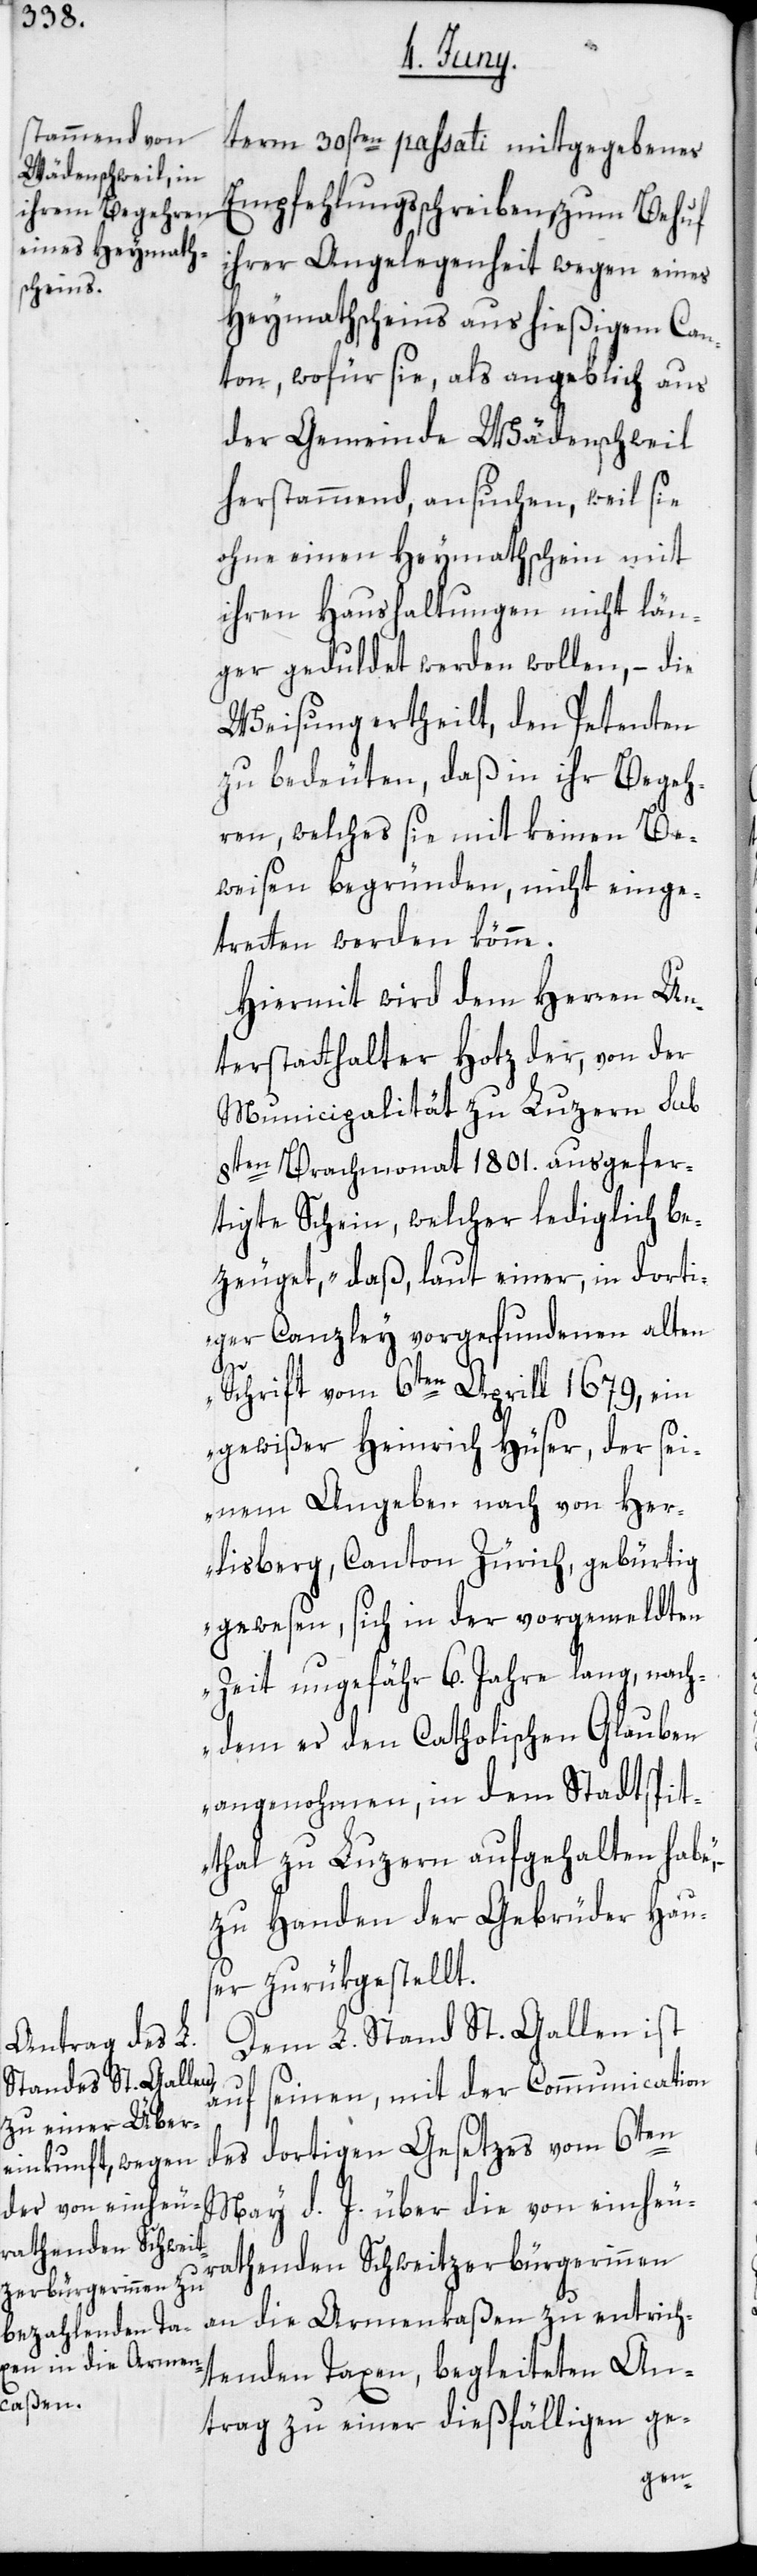
term 30sten passati mitgegebenes
Empfehlungsschreiben, zum Behuf
ihrer Angelegenheit wegen eines
Heymathscheins aus hießigem Can¬
ton, wofür sie, als angeblich aus
der Gemeinde Wädenschweil
herstammend, ansuchen, weil sie
ohne einen Heymathschein mit
ihren Haushaltungen nicht län¬
ger geduldet werden wollen, – die
Weisung ertheilt, den Petenten
zu bedeuten, daß in ihr Begeh¬
ren, welches sie mit keinen Be¬
weisen begründen, nicht einge¬
tretten werden könne.
Hiermit wird dem Herren Un¬
terstatthalter Hotz der, von der
Municipalität zu Luzern sub
8ten Brachmonat 1801. ausgefer¬
tigte Schein, welcher lediglich be¬
zeuget, „daß, laut einer, in dorti¬
ger Canzley vorgefundenen alten
Schrift vom 6ten Aprill 1679, ein
gewißer Heinrich Hüser, der sei¬
nem Angeben nach von Her¬
lisberg, Canton Zürich, gebürtig
gewesen, sich in der vorgemeldten
Zeit ungefähr 6. Jahre lang, nach¬
dem er den Catholischen Glauben
angenohmen, in dem Stadtspit¬
thal zu Luzern aufgehalten habe,“
zu Handen der Gebrüder Haus¬
er zurükgestellt.
Dem L. Stand St. Gallen ist
auf seinen, mit der Communication
des dortigen Gesetzes vom 6ten
May d. J. über die von einheu¬
rathenden Schweitzerbürgerinnen
an die Armenkaßen zu entrich¬
tenden Taxen, begleiteten An¬
trag zu einer dießfälligen ge-